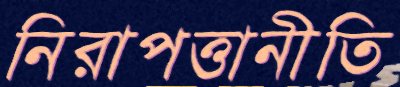
নিরাপত্তানীতি